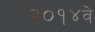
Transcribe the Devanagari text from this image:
२०१४वे